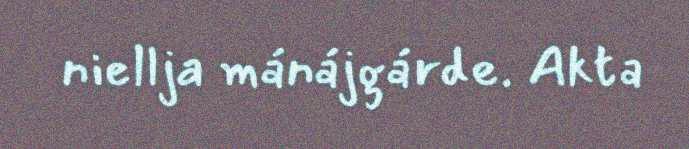
niellja mánájgárde. Akta